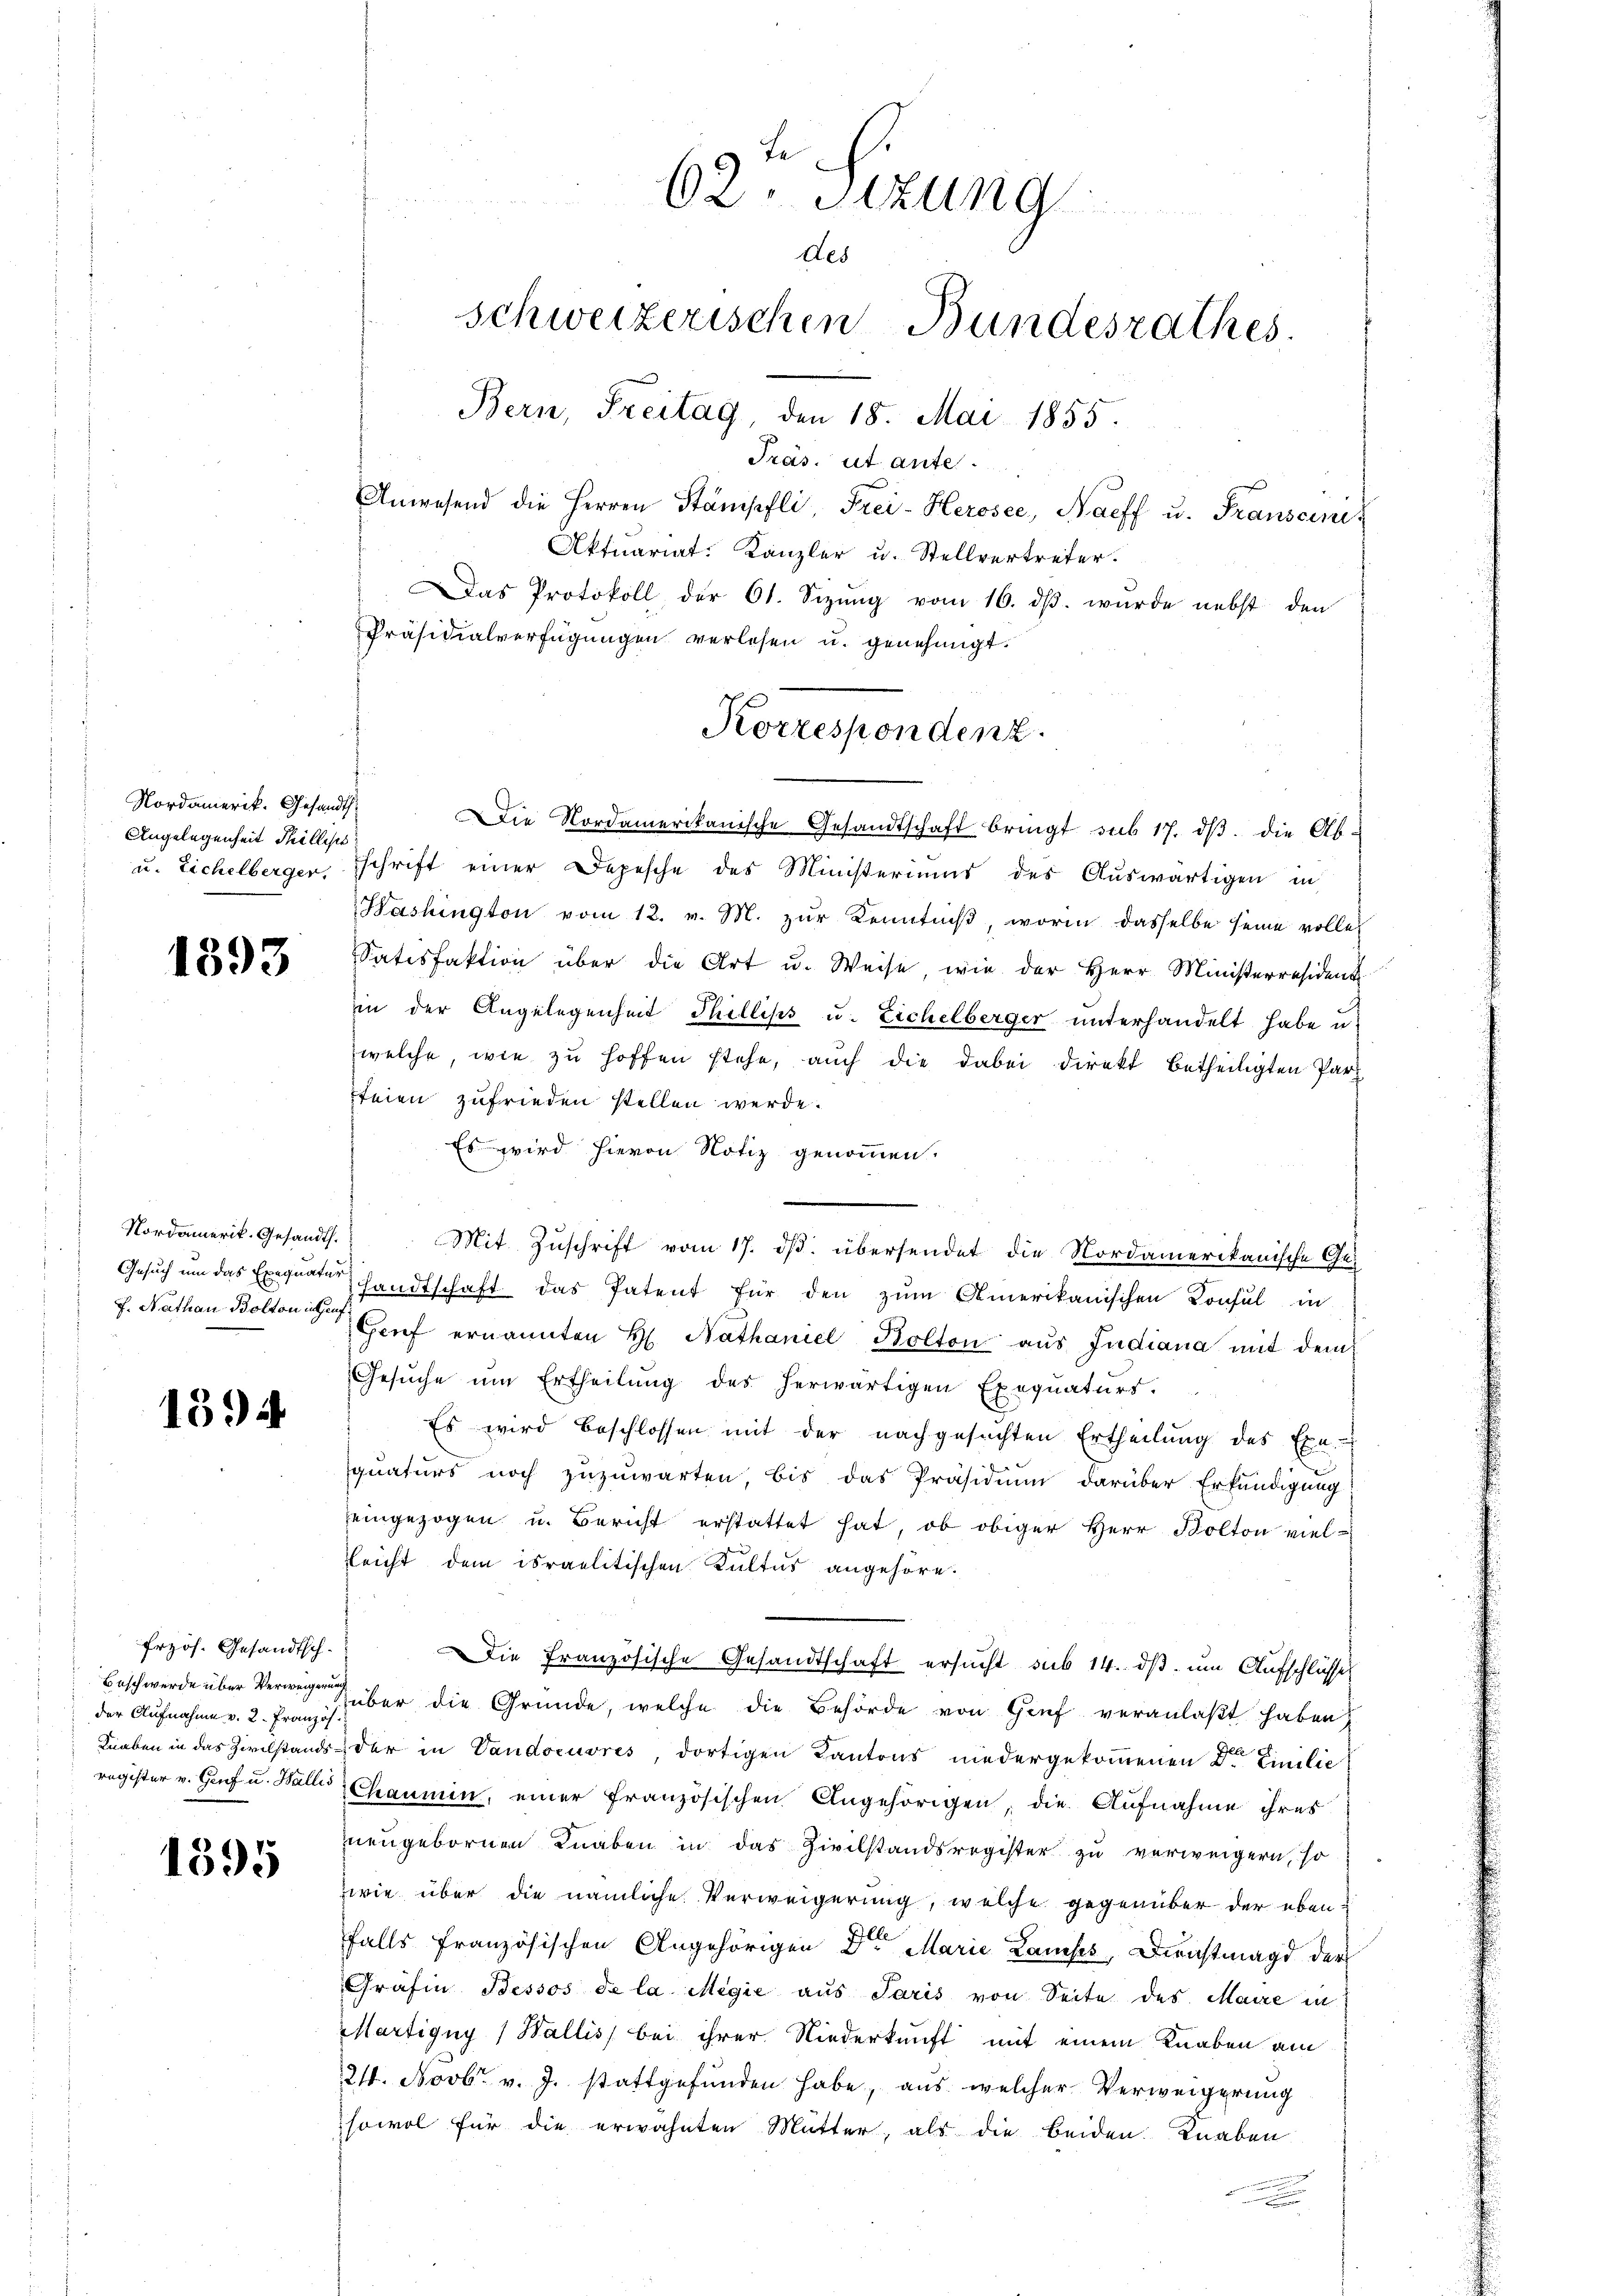
Nordamerik. Gesandts
Angelegenheit Thilliste

1393

Nordamerik. Gesandt.
f. Nathan Bolton in auf

1594

Erzös. Gesandtsch¬
Beschwerde über Verweigerung
der Aufnahme v. 2. Französ.

1595

62. Sitzung
des
schweizerischen Bundesrathes.
Bern, Freitag, den 18. Mai 1855.

Präs. ut ante.
Anwesend die Herren Stämpfli, Frei-Herosee, Naeff u. Franscini¬
Aktuariat. Kanzler u. Stellvertreter.
Das Protokoll der 61. Sizŭng vom 16. dβ. wurde nebst den
Präsidialverfügungen verlesen u. genehmigt.
Korrespondenz.

Die Nordamerikanische Gesandtschaft bringt aus 17. dβ. die Ab-
u. Eichelberger, schrift einer Depesche des Ministeriums des Aŭswärtigen in
Washington vom 12. v. M. zur Kenntniß, worin dasselbe seine volle
Satisfaktion über die Art u. Weise, wie der Herr Ministerresident
in der Angelegenheit Thillips u. Eichelberger unterhandelt habe u
welche, wie zu hoffen stehe, auch die dabei direkt betheiligten Parz
steien zufrieden stellen werde.
Es wird hievon Notiz genommen.
Mit Zuschrift vom 17. ds. übersendet die Nordamerikanische Ge-
Gesuch um das Exequatur handtschaft das Patent für den zum Amerikanischen Konsul in
Geif ernannten H. Nathaniel Bolton aŭs Indiana mit dem
Gesŭche um Ertheilŭng des herwärtigen Exequaturs.
Es wird beschlossen mit der nachgesuchten Ertheilung des Exe-
quaturs noch zuzuwarten, bis das Präsidium darüber Erkundigung
eingezogen u. Bericht erstattet hat, ob obiger Herr Bolton viel-
leicht dem israelitischen Kultus angehöre.
Die französische Gesandtschaft ersucht sub 14. ds. um Aufschlüsse
Tüber die Gründe, welche die Behörde von Genf veranlaßt haben,
Knaben in das Zivilstands der in Vandoeuvres, dortigen Kantons niedergekommenen Dr. Einilie
register v. Genf u. Wallis Chaumin, einer französischen Angehörigen, die Aufnahme ihres
neugebornen Knaben in das Zivilstandsregister zu verweigern, so
zwie über die nämliche Verweigerung, welche gegenüber der ebenfalls französischen Angehörigen Dr Marie Laufes, Dienstmagd der
Gräfin Bessos de la Megić aus Paris von Seite des Maire in
Martigny (Wallis bei ihrer Niederkunft mit einem Knaben am
21. Novbr. v. J. stattgefunden habe, aus welcher Verweigerung
sowol für die erwähnten Mutter, als die beiden Knaben
.